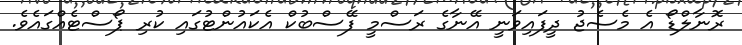
ރޮނާލްޑޯ އެ މެސެޖު ދީފައިވަނީ އޭނާގެ ރަސްމީ ފޭސްބުކް އެކައުންޓުގައި ކުރި ޕޯސްޓެއްގައެވެ.